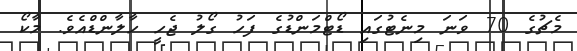
މެޗުގެ 70 ވަނަ މިނެޓުގައި ޑޯޓްމަންޑުގެ ފަހު ގޯލު ޖެހީ ހާލާންޑްއެވެ. މާކޯ